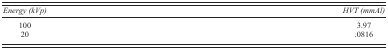
<table><thead><tr><td><b><i>Energy (kVp)</i></b></td><td><b><i>HVT (mmAl)</i></b></td></tr></thead><tbody><tr><td>100</td><td>3.97</td></tr><tr><td>20</td><td>.0816</td></tr></tbody></table>